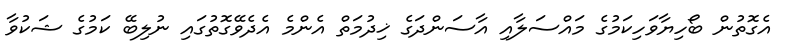
އެގޮތުން ބޯހިޔާވަހިކަމުގެ މައްސަލާއި އާސަންދަގެ ޚިދުމަތް އެންމެ އެދެވޭގޮތުގައި ނުލިބޭ ކަމުގެ ޝަކުވާ